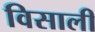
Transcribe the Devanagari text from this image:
विसाली